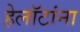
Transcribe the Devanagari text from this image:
हेलॉटांना